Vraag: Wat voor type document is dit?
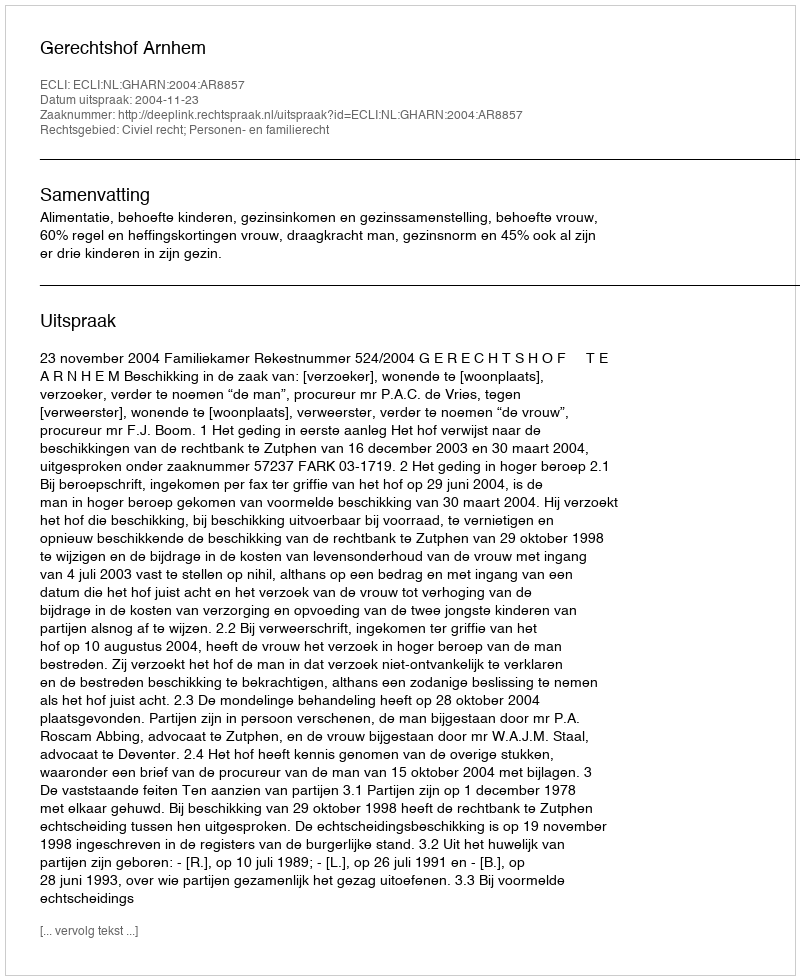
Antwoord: Uitspraak